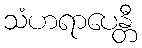
သံဟရာပေန္တီ